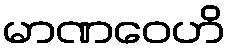
မာဏဝေဟိ